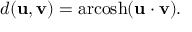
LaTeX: d ( \mathbf { u } , \mathbf { v } ) = \operatorname { a r c o s h } ( \mathbf { u } \cdot \mathbf { v } ) .